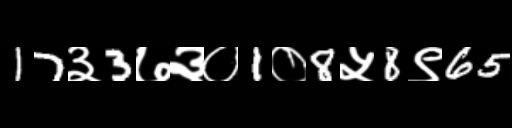
Text: 17३3७३०1०8५8९65